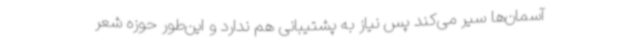
آسمان‌ها سیر می‌کند پس نیاز به پشتیبانی هم ندارد و این‌طور حوزه شعر